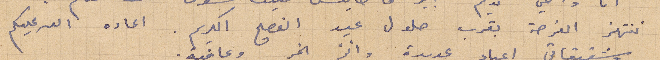
ننتهز الفرصة بقرب حلول عيد الفصح الكريم. اعاده الله عليكم